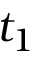
t _ { 1 }